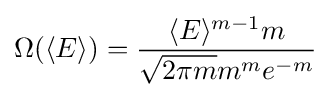
\Omega (\langle E\rangle )={\frac {\langle E\rangle ^{m-1}m}{{\sqrt {2\pi m}}m^{m}e^{-m}}}